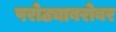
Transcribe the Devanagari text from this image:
परोठ्याबरोबर